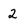
Character: 2